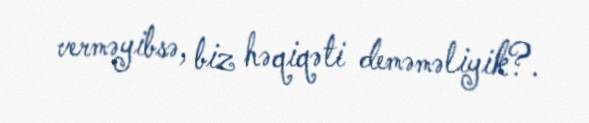
verməyibsə, biz həqiqəti deməməliyik?.